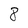
Character: 8